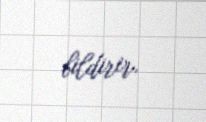
bildirir.